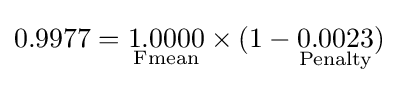
0.9977={\underset {\text{Fmean}}{1.0000}}\times (1-{\underset {\text{Penalty}}{0.0023}})